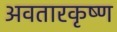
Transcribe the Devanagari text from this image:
अवतारकृष्ण